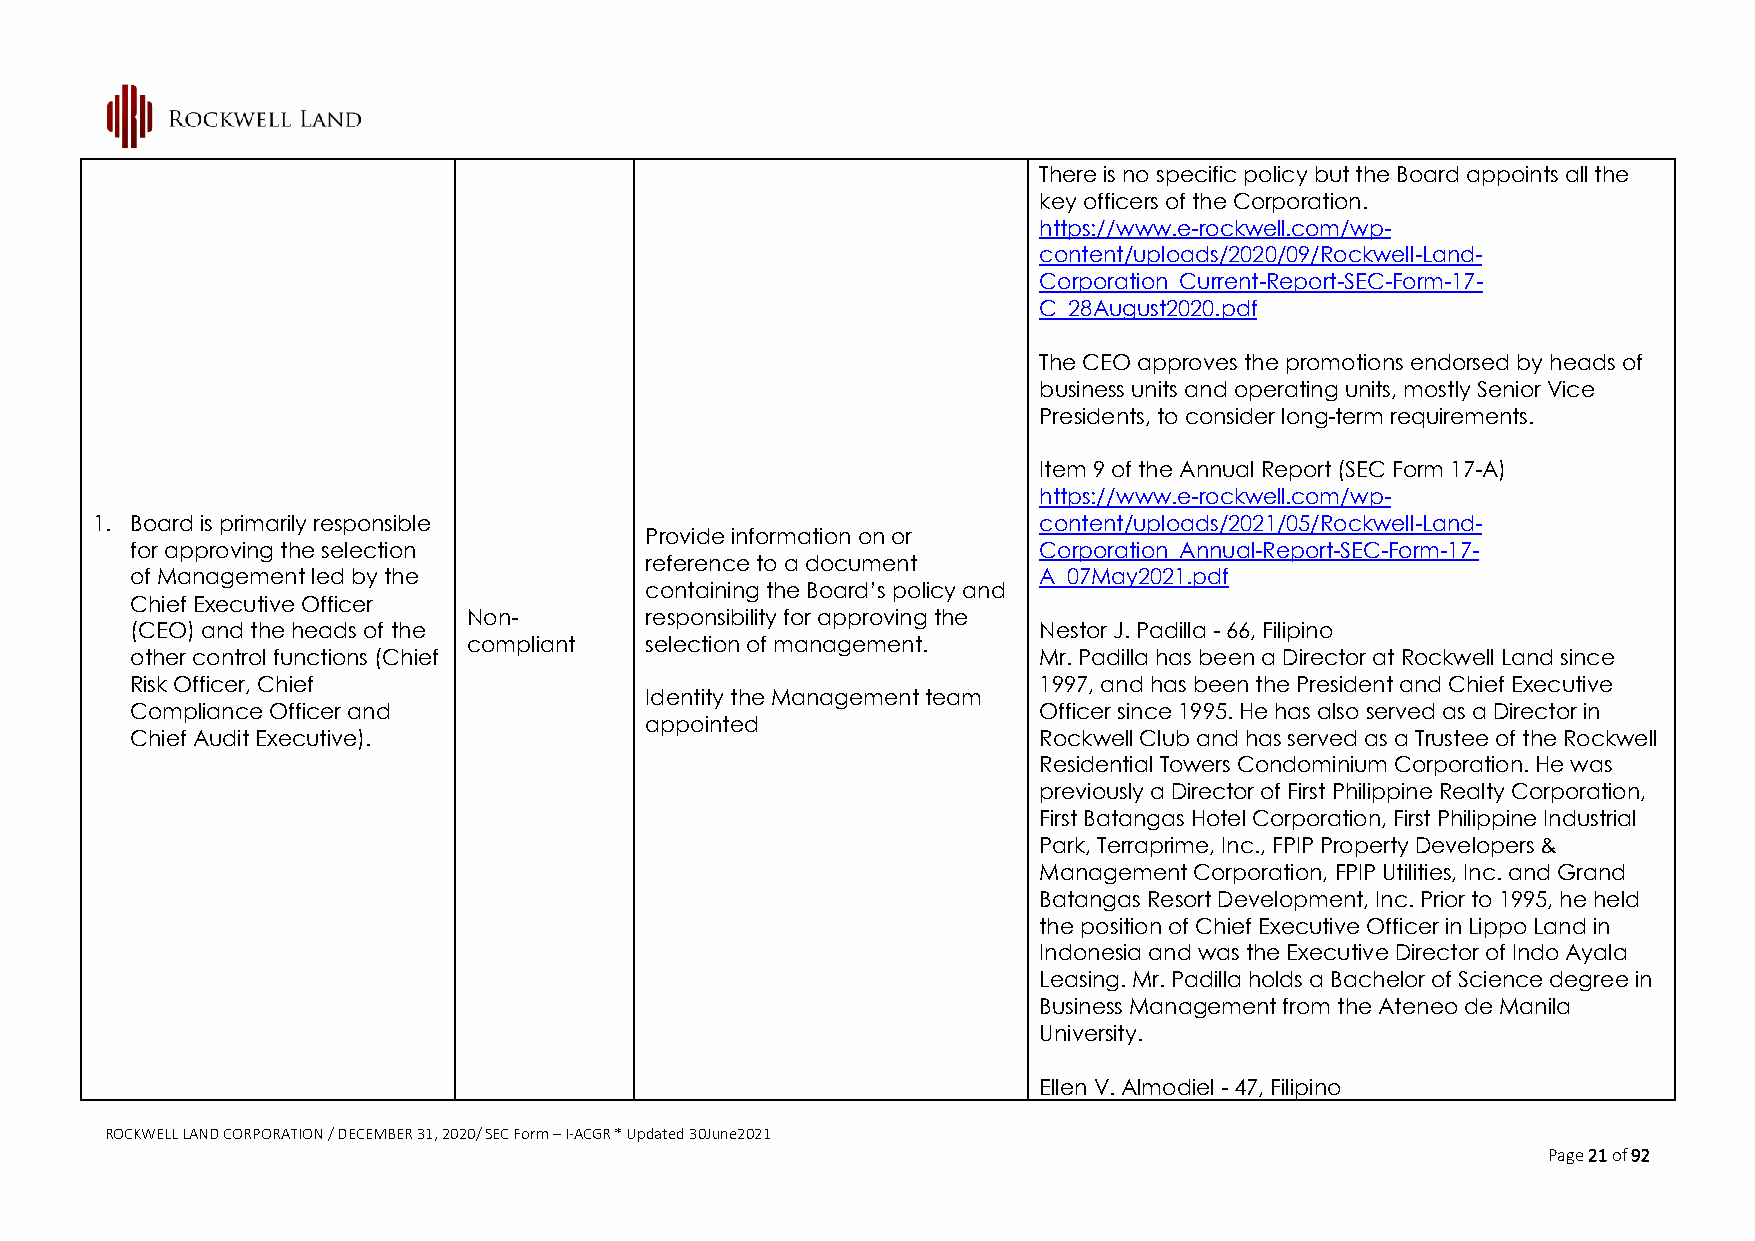
There is no specific policy but the Board appoints all the
 key officers of the Corporation.
 https://www.e-rockwell.com/wp-
 content/uploads/2020/09/Rockwell-Land-
 Corporation_Current-Report-SEC-Form-17-
 C_28August2020.pdf
 The CEO approves the promotions endorsed by heads of
 business units and operating units, mostly Senior Vice
 Presidents, to consider long-term requirements.
 Item 9 of the Annual Report (SEC Form 17-A)
 https://www.e-rockwell.com/wp-
 1. Board is primarily responsible                              content/uploads/2021/05/Rockwell-Land-
 Provide information on or
 for approving the selection                                 Corporation_Annual-Report-SEC-Form-17-
 reference to a document
 of Management led by the                                    A_07May2021.pdf
 containing the Board’s policy and
 Chief Executive Officer
 Non-        responsibility for approving the
 (CEO) and the heads of the                                  Nestor J. Padilla - 66, Filipino
 compliant   selection of management.
 other control functions (Chief                              Mr. Padilla has been a Director at Rockwell Land since
 Risk Officer, Chief                                         1997, and has been the President and Chief Executive
 Identity the Management team
 Compliance Officer and                                      Officer since 1995. He has also served as a Director in
 appointed
 Chief Audit Executive).                                     Rockwell Club and has served as a Trustee of the Rockwell
 Residential Towers Condominium Corporation. He was
 previously a Director of First Philippine Realty Corporation,
 First Batangas Hotel Corporation, First Philippine Industrial
 Park, Terraprime, Inc., FPIP Property Developers &
 Management Corporation, FPIP Utilities, Inc. and Grand
 Batangas Resort Development, Inc. Prior to 1995, he held
 the position of Chief Executive Officer in Lippo Land in
 Indonesia and was the Executive Director of Indo Ayala
 Leasing. Mr. Padilla holds a Bachelor of Science degree in
 Business Management from the Ateneo de Manila
 University.
 Ellen V. Almodiel - 47, Filipino
 ROCKWELL LAND CORPORATION / DECEMBER 31, 2020/ SEC Form – I-ACGR * Updated 30June2021
 Page 21 of 92